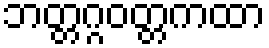
ဘတ္တဂ္ဂဝတ္တကထာ